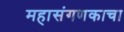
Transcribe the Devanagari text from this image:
महासंगणकाचा